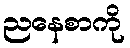
ညနေစာကို